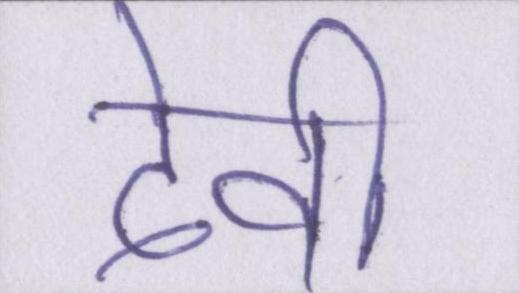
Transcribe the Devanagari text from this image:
देवी